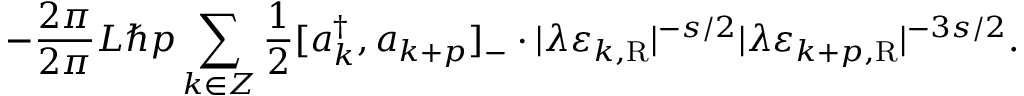
- \frac { 2 \pi } { 2 \pi } { L } \hbar p \sum _ { k \in \cal Z } \frac { 1 } { 2 } [ a _ { k } ^ { \dagger } , a _ { k + p } ] _ { - } \cdot | \lambda \varepsilon _ { k , \mathrm { R } } | ^ { - s / 2 } | \lambda \varepsilon _ { k + p , \mathrm { R } } | ^ { - { 3 s } / 2 } .